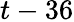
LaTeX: t-36